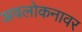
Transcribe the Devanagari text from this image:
अवलोकनावर